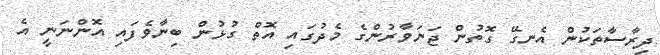
ދިރާސާތަކުން އެނގޭ ގޮތުން ޖަނަވާރުންގެ މެދުގައި އޮތް ގުޅުން ބިނާވެފައި އޮންނަނީ އެ